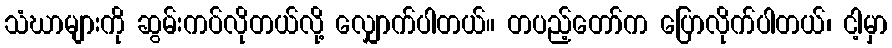
သံဃာများကို ဆွမ်းကပ်လိုတယ်လို့ လျှောက်ပါတယ်။ တပည့်တော်က ပြောလိုက်ပါတယ်၊ ငါ့မှာ